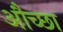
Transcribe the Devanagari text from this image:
औच्छा